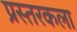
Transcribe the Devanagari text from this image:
प्रस्तरकला